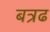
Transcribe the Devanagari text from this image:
बत्रढ